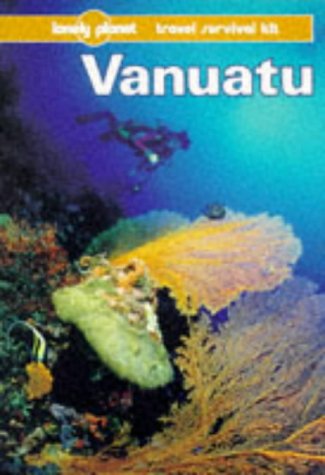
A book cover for Lonely Planet Vanuatu (Lonely Planet Travel Survival Kit); David Harcombe; Travel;